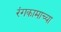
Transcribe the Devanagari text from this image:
रंगकामाच्या